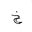
Letter: _kha